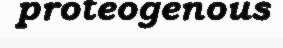
proteogenous